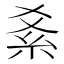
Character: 𥾥